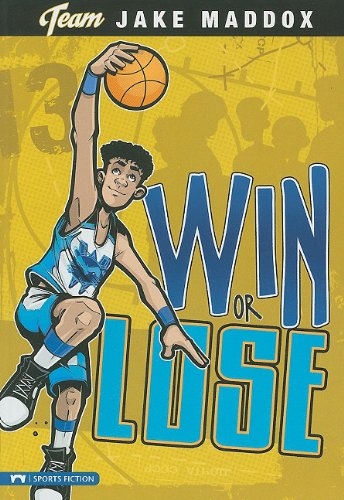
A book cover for Win or Lose (Team Jake Maddox Sports Stories); Jake Maddox; Children's Books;